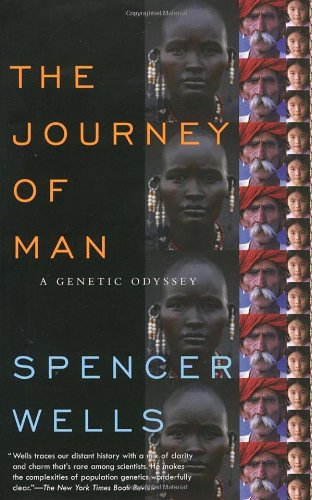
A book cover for The Journey of Man: A Genetic Odyssey; Spencer Wells; Medical Books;